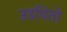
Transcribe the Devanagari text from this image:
उडवितो